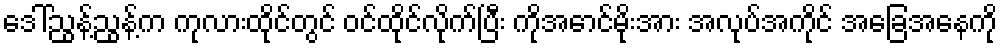
ဒေါ်ညွန့်ညွန့်က ကုလားထိုင်တွင် ဝင်ထိုင်လိုက်ပြီး ကိုအောင်မိုးအား အလုပ်အကိုင် အခြေအနေကို